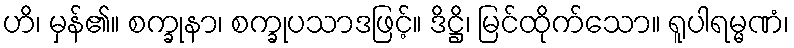
ဟိ၊ မှန်၏။ စက္ခုနာ၊ စက္ခုပသာဒဖြင့်။ ဒိဋ္ဌိ၊ မြင်ထိုက်သော။ ရူပါရမ္မဏံ၊